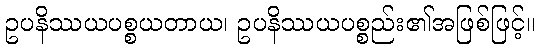
ဥပနိဿယပစ္စယတာယ၊ ဥပနိဿယပစ္စည်း၏အဖြစ်ဖြင့်။